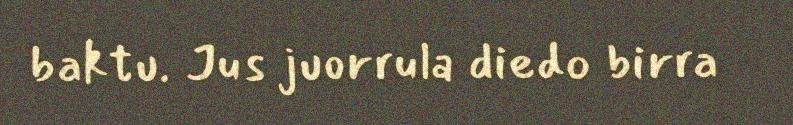
baktu. Jus juorrula diedo birra